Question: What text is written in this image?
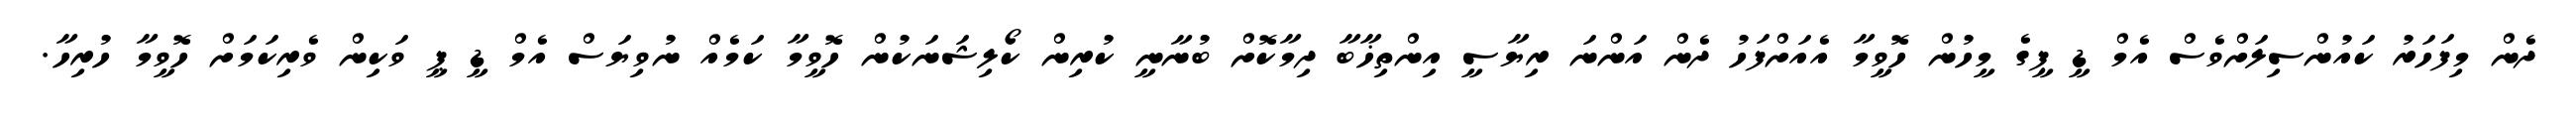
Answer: ދެން މިފަހަރު ކައުންސިލަށްވެސް އެމް ޑީ ޕީގެ މީހުން ހޮވީމާ އެއަށްފަހު ދެން އަންނަ ރިޔާސީ އިންތިޚާބާ ދިމާކޮށް ބުނާނީ ކުރިން ކޯލިޝަނަކުން ހޮވީމާ ކަމެއް ނުވިޔަސް އެމް ޑީ ޕީ ވަކިން ވެރިކަމަށް ހޮވީމާ ހުރިހާ.